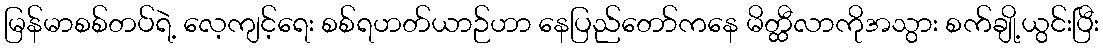
မြန်မာစစ်တပ်ရဲ့ လေ့ကျင့်ရေး စစ်ရဟတ်ယာဉ်ဟာ နေပြည်တော်ကနေ မိတ္ထီလာကိုအသွား စက်ချို့ယွင်းပြီး